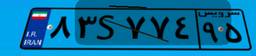
۲۰S۳۸۱۹۶